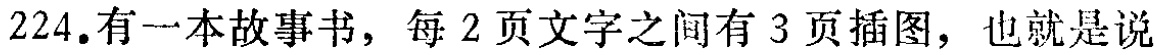
224.有一本故事书，每 2 页文字之间有 3 页插图，也就是说